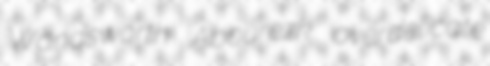
Wandsworth Abourezk overdelicate